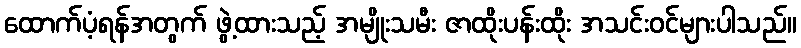
ထောက်ပံ့ရန်အတွက် ဖွဲ့ထားသည့် အမျိုးသမီး ဇာထိုးပန်းထိုး အသင်းဝင်များပါသည်။